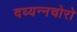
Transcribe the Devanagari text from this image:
दध्यन्नचोरो